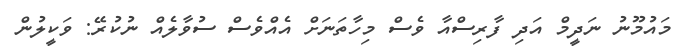
މައުމޫނު ނަދީމް އަދި ފާރިސްއާ ވެސް މިހާތަނަށް އެއްވެސް ސުވާލެއް ނުކުރޭ: ވަކީލުން